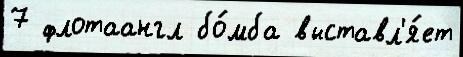
7 флотаангл бо́мба выставл'я́ет